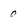
Character: 0